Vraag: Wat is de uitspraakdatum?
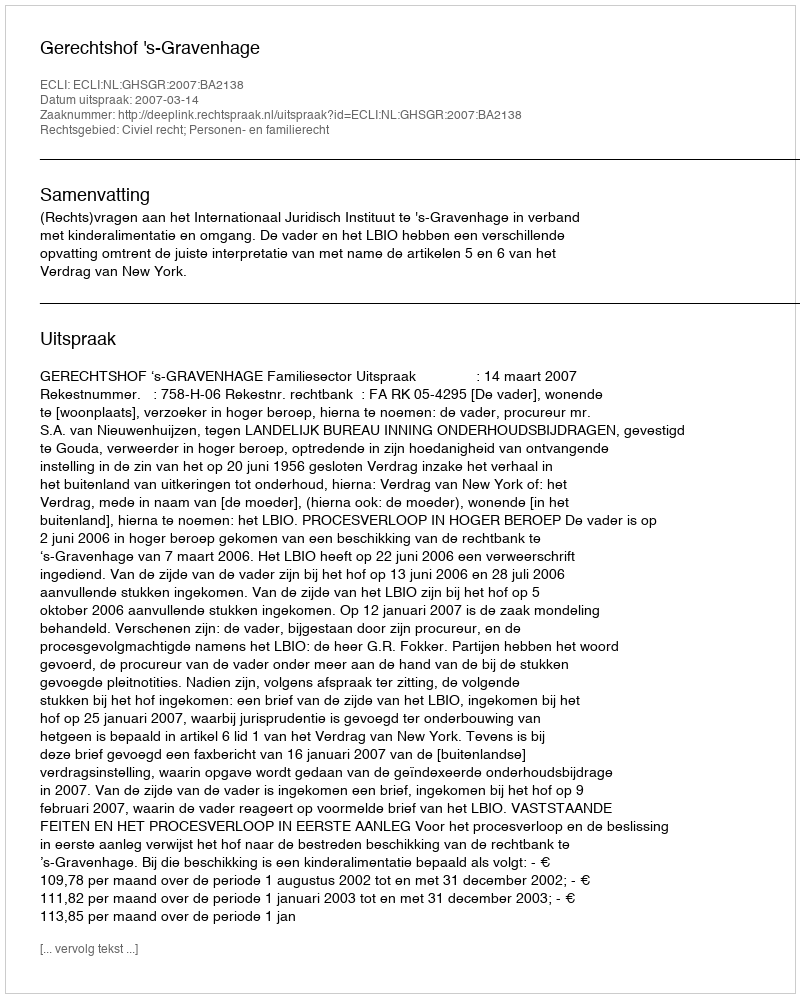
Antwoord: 2007-03-14